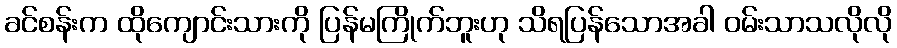
ခင်စန်းက ထိုကျောင်းသားကို ပြန်မကြိုက်ဘူးဟု သိရပြန်သောအခါ ဝမ်းသာသလိုလို